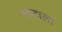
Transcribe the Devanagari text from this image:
माटाला